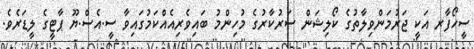
ސީހޯފާރ އަކީ ޖަރުމަންވިލާތުގެ ކޯލިޝަން ސަރުކާރުގެ މުހިންމު ބައިވެރިއެއްކަމުގައިވާ ސީ.އެސް.ޔޫ ޕާޓީގެ ލީޑަރެވެ.